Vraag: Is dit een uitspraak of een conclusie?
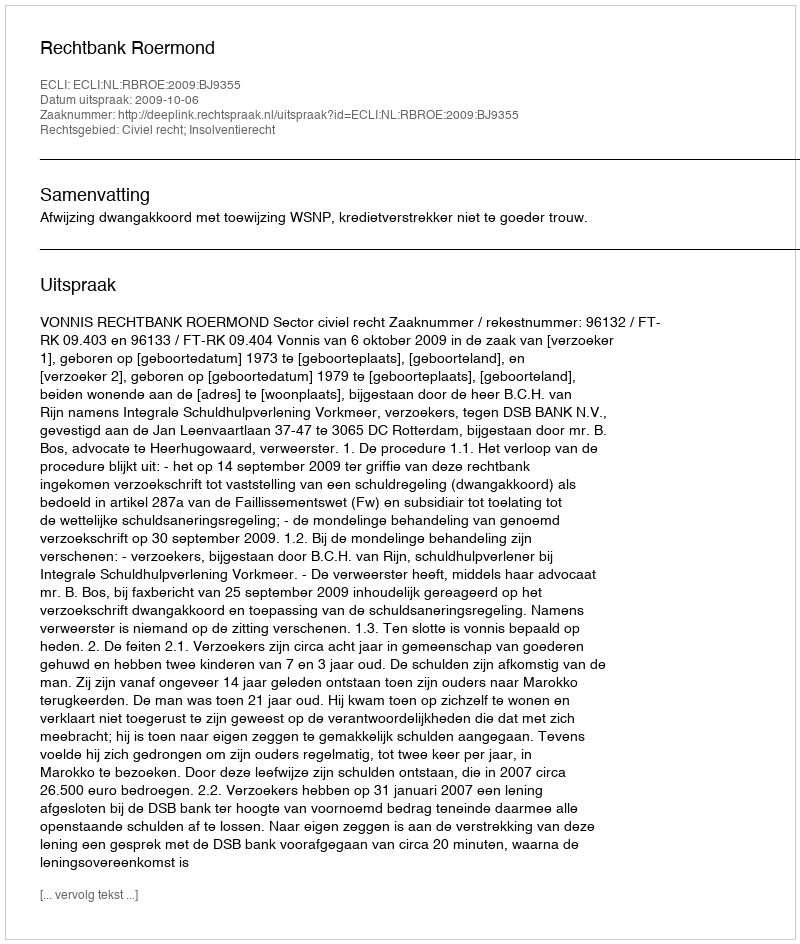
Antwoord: Uitspraak